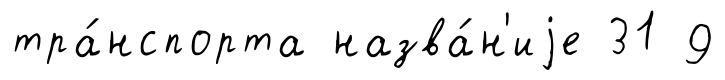
тра́нспорта назва́н'иjе 31 9